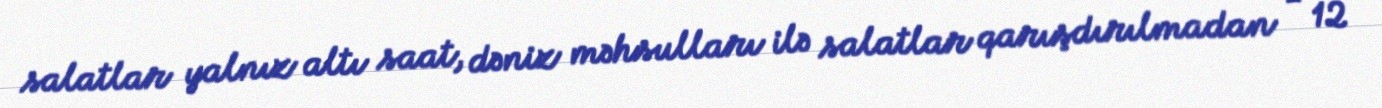
salatlar yalnız altı saat, dəniz məhsulları ilə salatlar qarışdırılmadan - 12